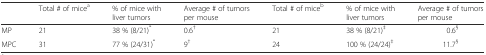
|  | Total # of micea | % of mice with liver tumors | Average # of tumors per mouse | Total # of miceb | % of mice with liver tumors | Average # of tumors per mouse |
 | --- | --- | --- | --- | --- | --- | --- |
 | MP | 21 | 38 % (8/21)* | 0.6† | 21 | 38 % (8/21)‡ | 0.6§ |
 | MPC | 31 | 77 % (24/31)* | 9† | 24 | 100 % (24/24)‡ | 11.7§ |